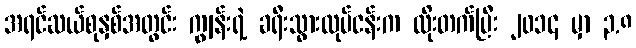
အရင်ဆယ်စုနှစ်အတွင်း ကျွန်းရဲ့ ခရီးသွားလုပ်ငန်းက ထိုးတက်ပြီး ၂၀၁၄ မှာ ၃.၈